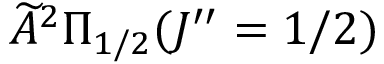
\widetilde { A } ^ { 2 } \Pi _ { 1 / 2 } ( J ^ { \prime \prime } = 1 / 2 )